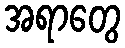
အရာတွေ